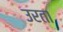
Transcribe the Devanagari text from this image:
उरता